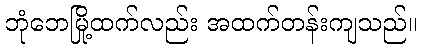
ဘုံဘေမြို့ထက်လည်း အထက်တန်းကျသည်။